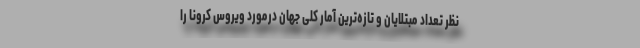
نظر تعداد مبتلایان و تازه‌ترین آمار کلی جهان درمورد ویروس کرونا را